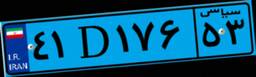
۰۹D۹۰۸۷۷